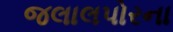
જલાલપોરના